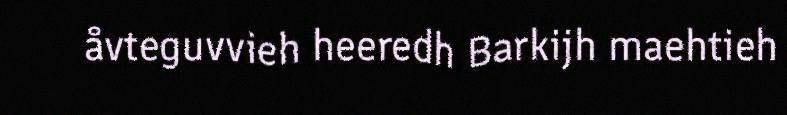
åvteguvvieh heeredh Barkijh maehtieh